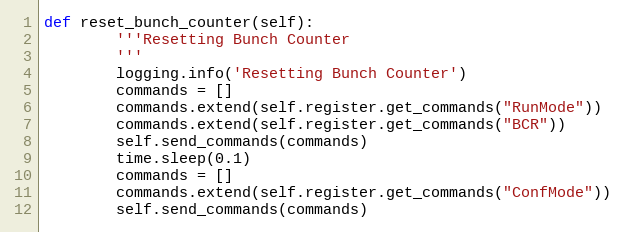
Language: Python
def reset_bunch_counter(self):
        '''Resetting Bunch Counter
        '''
        logging.info('Resetting Bunch Counter')
        commands = []
        commands.extend(self.register.get_commands("RunMode"))
        commands.extend(self.register.get_commands("BCR"))
        self.send_commands(commands)
        time.sleep(0.1)
        commands = []
        commands.extend(self.register.get_commands("ConfMode"))
        self.send_commands(commands)